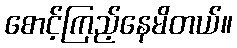
စောင့်ကြည့်နေမိတယ်။